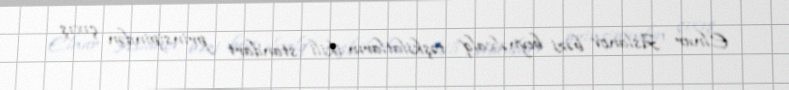
Elnur Aslanov bəzi beynəlxalq təşkilatların ikili standart prinsipindən çıxış